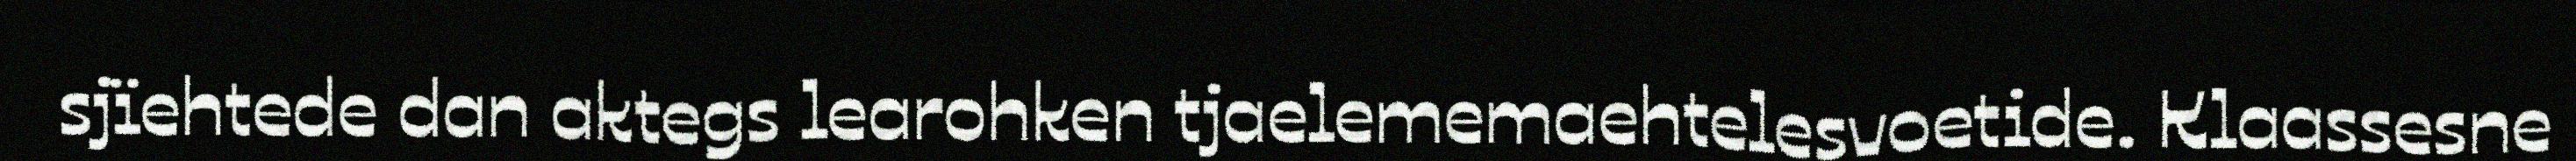
sjïehtede dan aktegs learohken tjaelememaehtelesvoetide. Klaassesne